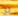
ري